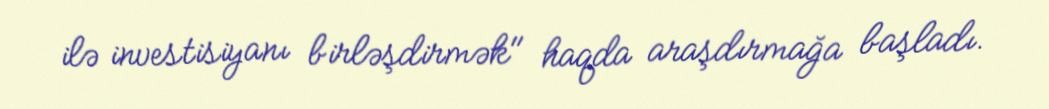
ilə investisiyanı birləşdirmək" haqda araşdırmağa başladı.